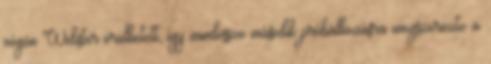
végén Webster örülhetett, így mindössze második próbálkozásra megszerezte a